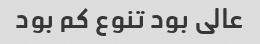
عالی بود تنوع کم بود